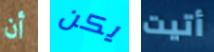
أن يكن أتيت